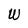
Character: W